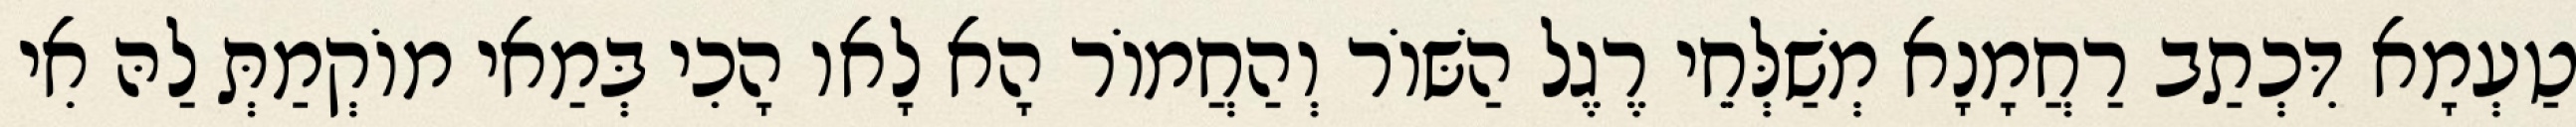
טַעְמָא דִּכְתַב רַחֲמָנָא מְשַׁלְּחֵי רֶגֶל הַשּׁוֹר וְהַחֲמוֹר הָא לָאו הָכִי בְּמַאי מוֹקְמַתְּ לַהּ אִי